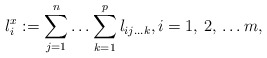
\begin{align*}l_{i}^{x}:=\sum\limits_{j=1}^n {\mathellipsis \sum\limits_{k=1}^p l_{ij\mathellipsis k} } ,i=1,\thinspace 2,\thinspace \mathellipsis m,\end{align*}